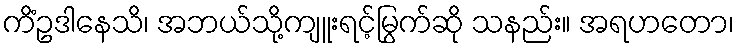
ကိံဥဒါနေသိ၊ အဘယ်သို့ကျူးရင့်မြွက်ဆို သနည်း။ အရဟတော၊